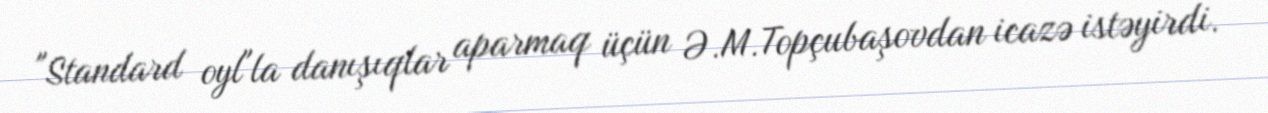
"Standard oyl"la danışıqlar aparmaq üçün Ə.M.Topçubaşovdan icazə istəyirdi.